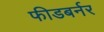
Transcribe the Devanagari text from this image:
फीडबर्नर